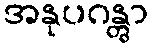
အနုပဂန္တွာ